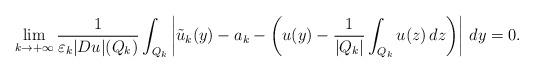
LaTeX: \begin{align*}\lim_{k\rightarrow +\infty}\frac{1}{\varepsilon_k |Du|(Q_k)}\int_{Q_k}\left|\tilde{u}_k(y)-a_k-\left(u(y)-\frac{1}{|Q_k|}\int_{Q_k}u(z)\,dz \right)\right|\,dy=0.\end{align*}